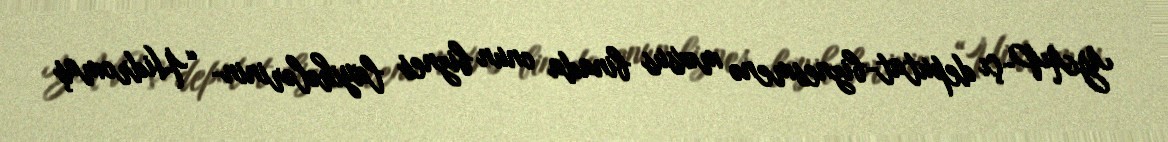
YAP-çı deputat-biznesmenə məxsus binada onun biznes layihələrinin- “Hidromaş